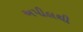
અપીલથી